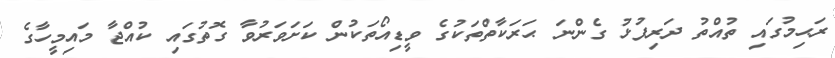
ރަޙިމުގައި ތުއްތު ދަރިފުޅު ގެންނަ ޙަރަކާތްތަކުގެ ވީޑިއޯތަކުން ކަށަވަރުވާ ގޮތުގައި ކުއްޖާ މައިމީހާގެ